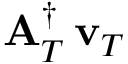
{ \bf A } _ { T } ^ { \dagger } \, { { \bf v } _ { T } }